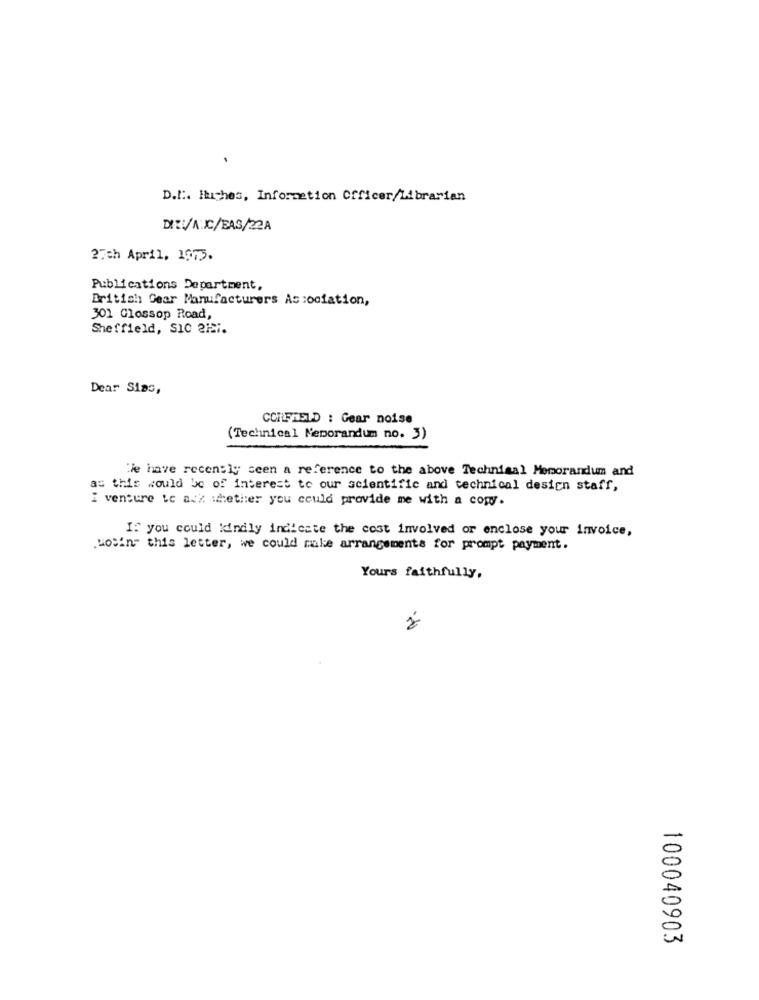
D.I :. Iches, Information Officer/Librarian
DI :: /AIC/EAS/22A
27th April. 1975.
Publications Department,
British Gear Manufacturers Association,
301 Glossop Road,
Sheffield, SIC 2Hi.
Dear Sias,
CORFIELD : Gear noise
(Technical Memorandum no. 3)
have recently seen a reference to the above Technical Memorandum and
at this would be of interest to our scientific and technical design staff,
i venture te ack whether you could provide me with a copy.
If you could kindly indicate the cost involved or enclose your invoice,
.Hosin" this letter, we could make arrangements for prompt payment.
Yours faithfully,
100040903